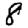
Digit: 8